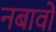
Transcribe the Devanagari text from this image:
नबावों